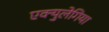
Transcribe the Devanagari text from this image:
एक्युलेगिया